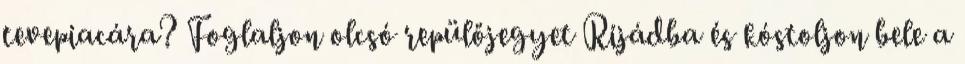
tevepiacára? Foglaljon olcsó repülőjegyet Rijádba és kóstoljon bele a